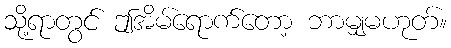
သို့ရာတွင် ဤအိမ်ရောက်တော့ ဘာမျှမဟုတ်။